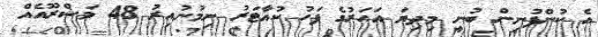
އެ ކުންފުނިން ބުނީ މިދިޔަ އަހަރުގެ ފަހު ކުއާޓަރު ނިމުނުއިރު 48 މަޝްރޫއެއް